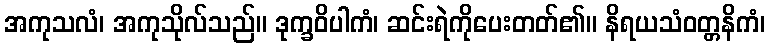
အကုသလံ၊ အကုသိုလ်သည်။ ဒုက္ခဝိပါကံ၊ ဆင်းရဲကိုပေးတတ်၏။ နိရယသံဝတ္တနိကံ၊